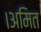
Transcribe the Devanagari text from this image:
।अमित